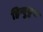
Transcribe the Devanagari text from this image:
हिन्दुकूश